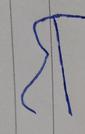
Signature authenticity: forged